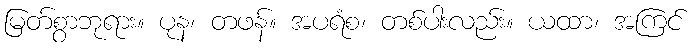
မြတ်စွာဘုရား။ ပုန၊ တဖန်။ အပရံစ၊ တစ်ပါးလည်း။ ယထာ၊ အကြင်